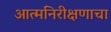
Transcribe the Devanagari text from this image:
आत्मनिरीक्षणाचा